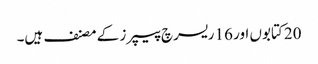
20 کتابوں اور 16 ریسرچ پیپرز کے مصنف ہیں۔